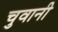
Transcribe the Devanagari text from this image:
चुवानी